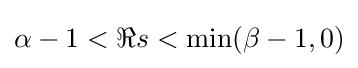
\alpha -1<\Re s<\min(\beta -1,0)